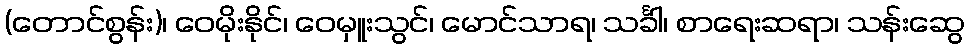
(တောင်စွန်း)၊ ဝေမိုးနိုင်၊ ဝေမှူးသွင်၊ မောင်သာရ၊ သင်္ခါ၊ စာရေးဆရာ၊ သန်းဆွေ